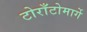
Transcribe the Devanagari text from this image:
टोराँटोमार्गे